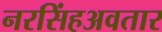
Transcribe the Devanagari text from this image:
नरसिंहअवतार